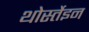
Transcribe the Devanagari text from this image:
थोर्स्तेइन